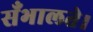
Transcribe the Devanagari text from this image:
सँभालते।